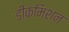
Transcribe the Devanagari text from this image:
डीकमिशन